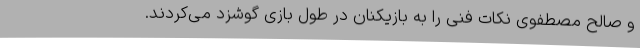
و صالح مصطفوی نکات فنی را به بازیکنان در طول بازی گوشزد می‌کردند.